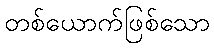
တစ်ယောက်ဖြစ်သော